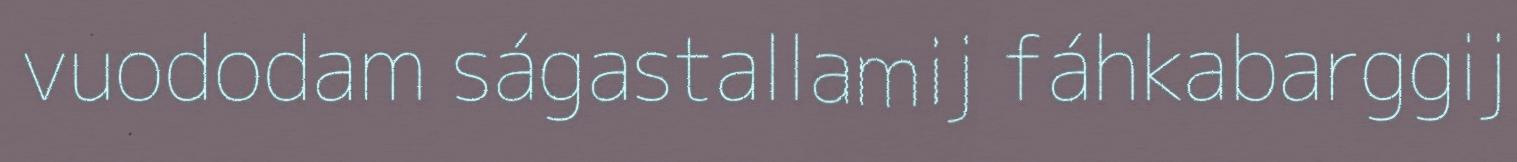
vuododam ságastallamij fáhkabarggij